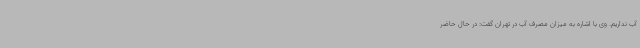
آب نداریم. وی با اشاره به میزان مصرف آب در تهران گفت: در حال حاضر